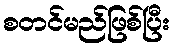
စတင်မည်ဖြစ်ပြီး